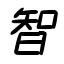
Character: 智